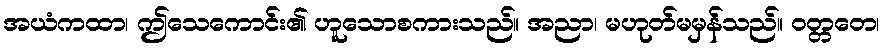
အယံကထာ၊ ဤသေကောင်း၏ ဟူသောစကားသည်။ အညာ၊ မဟုတ်မမှန်သည်။ ဝတ္တတေ၊